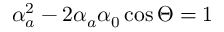
\alpha _ { a } ^ { 2 } - 2 \alpha _ { a } \alpha _ { 0 } \cos \Theta = 1